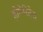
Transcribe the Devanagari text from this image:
होमेरितेस